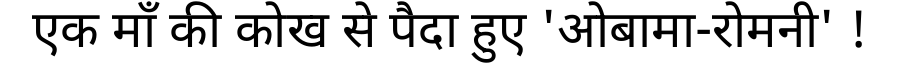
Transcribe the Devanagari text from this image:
एक माँ की कोख से पैदा हुए 'ओबामा-रोमनी' !